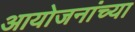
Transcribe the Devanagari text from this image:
आयोजनांच्‍या